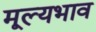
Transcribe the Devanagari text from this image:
मूल्यभाव